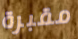
مقبرة